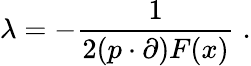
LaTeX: \lambda=-\frac{1}{2(p\cdot\partial)F(x)}\; .